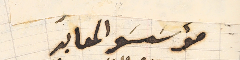
مؤسَسَو المعابد